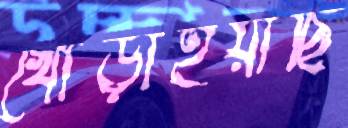
খোঁড়াইয়াছি